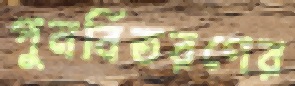
পুনর্বিতরণের